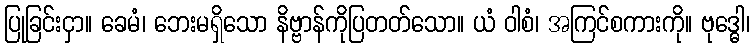
ပြုခြင်းငှာ။ ခေမံ၊ ဘေးမရှိသော နိဗ္ဗာန်ကိုပြတတ်သော။ ယံ ဝါစံ၊ အကြင်စကားကို။ ဗုဒ္ဓေါ၊